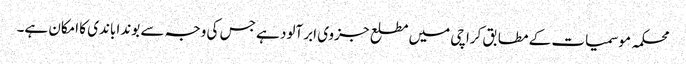
محکمہ موسمیات کے مطابق کراچی میں مطلع جزوی ابر آلود ہے جس کی وجہ سے بوندا باندی کا امکان ہے۔